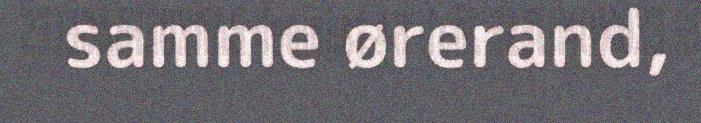
samme ørerand,